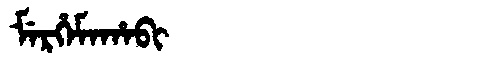
Manchu: ᠮᡝᡵᡥᡝᠮᠠᡥᠠᠪᡳ
Romanization: MERHEMAHABI